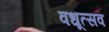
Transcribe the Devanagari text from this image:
वधूत्सव